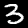
Digit: 3